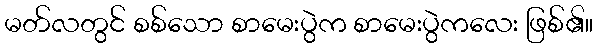
မတ်လတွင် စစ်သော စာမေးပွဲက စာမေးပွဲကလေး ဖြစ်၏။